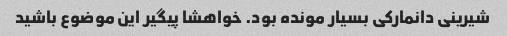
شیرینی دانمارکی بسیار مونده بود. خواهشا پیگیر این موضوع باشید